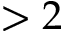
> 2